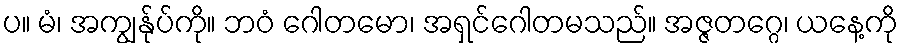
ပ။ မံ၊ အကျွန်ုပ်ကို။ ဘဝံ ဂေါတမော၊ အရှင်ဂေါတမသည်။ အဇ္ဇတဂ္ဂေ၊ ယနေ့ကို